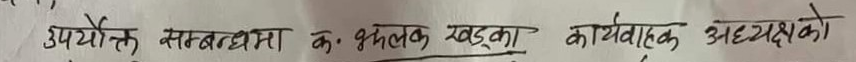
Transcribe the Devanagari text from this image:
उपयौक्त सम्बन्धमा के भलत्क खड्का कार्यवाहक अध्यक्षको